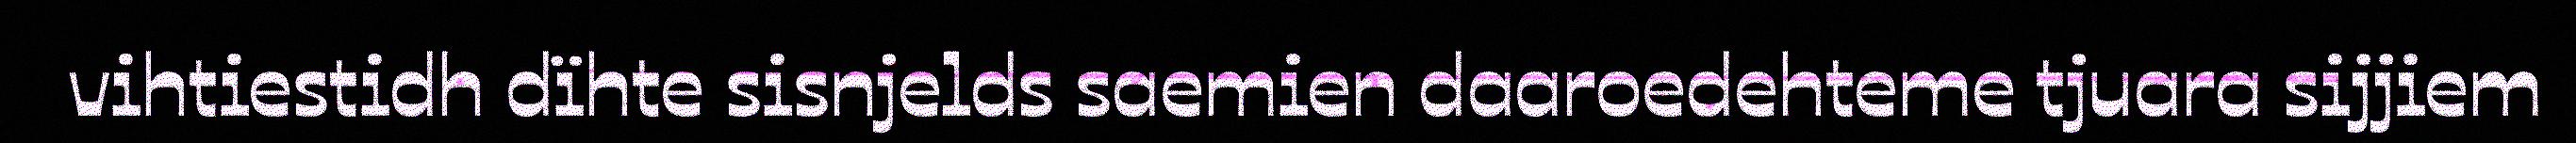
vihtiestidh dïhte sisnjelds saemien daaroedehteme tjuara sijjiem